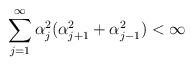
LaTeX: \begin{align*} \sum_{j=1}^{\infty} \alpha_j^2(\alpha_{j+1}^2+\alpha_{j-1}^2) < \infty\end{align*}